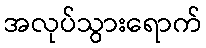
အလုပ်သွားရောက်